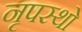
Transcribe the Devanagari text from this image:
नृपस्थो